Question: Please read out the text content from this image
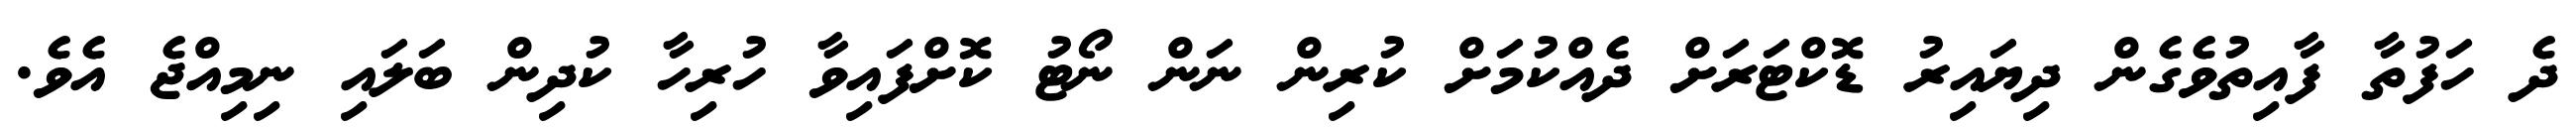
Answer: ދެ ހަފުތާ ފާއިތުވެގެން ދިޔައިރު ޑޮކްޓަރަށް ދެއްކުމަށް ކުރިން ނަން ނޯޓު ކޮށްފައިވާ ހުރިހާ ކުދިން ބަލައި ނިމިއްޖެ އެވެ.